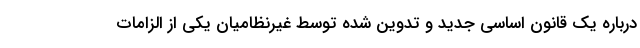
درباره یک قانون اساسی جدید و تدوین شده توسط غیرنظامیان یکی از الزامات